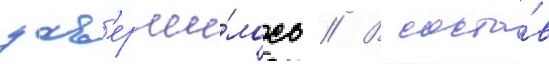
зав'ерши́лось // В соста́в